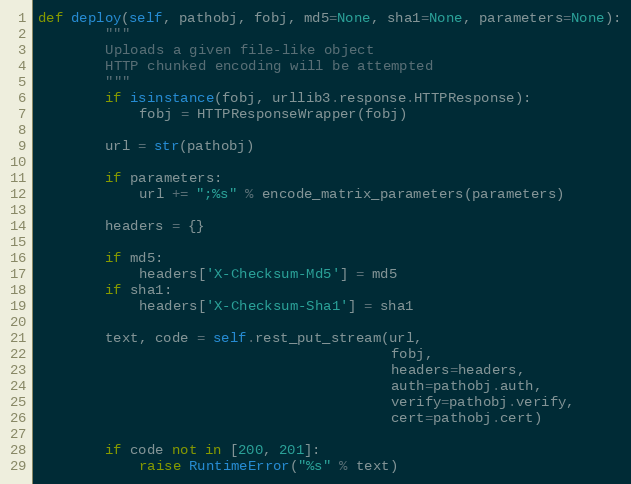
Language: Python
def deploy(self, pathobj, fobj, md5=None, sha1=None, parameters=None):
        """
        Uploads a given file-like object
        HTTP chunked encoding will be attempted
        """
        if isinstance(fobj, urllib3.response.HTTPResponse):
            fobj = HTTPResponseWrapper(fobj)

        url = str(pathobj)

        if parameters:
            url += ";%s" % encode_matrix_parameters(parameters)

        headers = {}

        if md5:
            headers['X-Checksum-Md5'] = md5
        if sha1:
            headers['X-Checksum-Sha1'] = sha1

        text, code = self.rest_put_stream(url,
                                          fobj,
                                          headers=headers,
                                          auth=pathobj.auth,
                                          verify=pathobj.verify,
                                          cert=pathobj.cert)

        if code not in [200, 201]:
            raise RuntimeError("%s" % text)